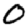
Digit: 0